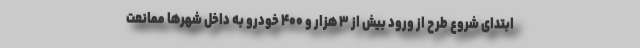
ابتدای شروع طرح از ورود بیش از ۳ هزار و ۴۰۰ خودرو به داخل شهرها ممانعت